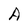
Character: A